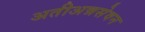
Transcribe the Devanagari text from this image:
अतीअन्नसेवन